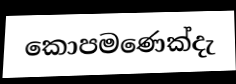
කොපමණෙක්දැ